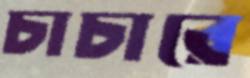
চাচারে